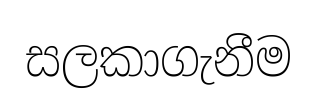
සලකාගැනීම